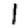
Digit: 1